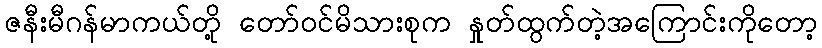
ဇနီးမီဂန်မာကယ်တို့ တော်ဝင်မိသားစုက နှုတ်ထွက်တဲ့အကြောင်းကိုတော့